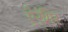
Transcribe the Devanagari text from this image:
ऐरंगिर